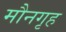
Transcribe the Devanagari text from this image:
मौनगृह